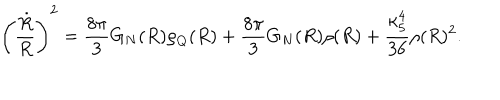
\left( { \frac { \dot { R } } { R } } \right) ^ { 2 } = { \frac { 8 \pi } { 3 } } G _ { N } ( R ) \rho _ { Q } ( R ) + { \frac { 8 \pi } { 3 } } G _ { N } ( R ) \rho ( R ) + { \frac { \kappa _ { 5 } ^ { 4 } } { 3 6 } } \rho ( R ) ^ { 2 } .